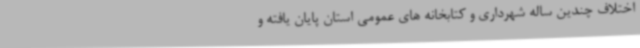
اختلاف چندین ساله شهرداری و کتابخانه های عمومی استان پایان یافته و